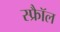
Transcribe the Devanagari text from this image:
स्फ्रैॉल